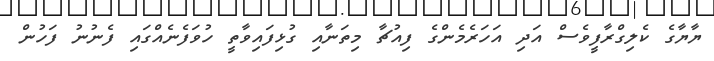
ޔާޔާގެ ކެލިގްރާފީވެސް އަދި އަހަރެމެންގެ ފިއުޗާ މިތަނާއި ގުޅިފައިވާތީ ހުވަފެނެއްގައި ފެނުނު ފަހުން